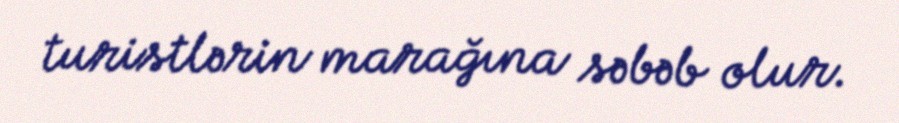
turistlərin marağına səbəb olur.